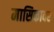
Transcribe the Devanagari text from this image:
मासिकावर